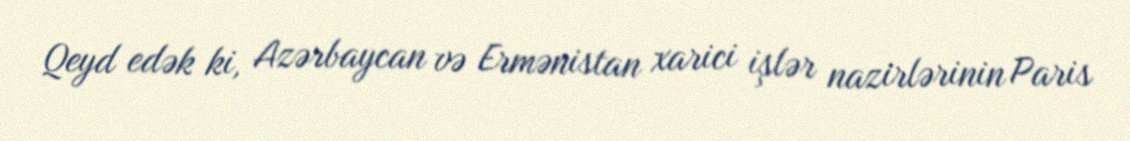
Qeyd edək ki, Azərbaycan və Ermənistan xarici işlər nazirlərinin Paris